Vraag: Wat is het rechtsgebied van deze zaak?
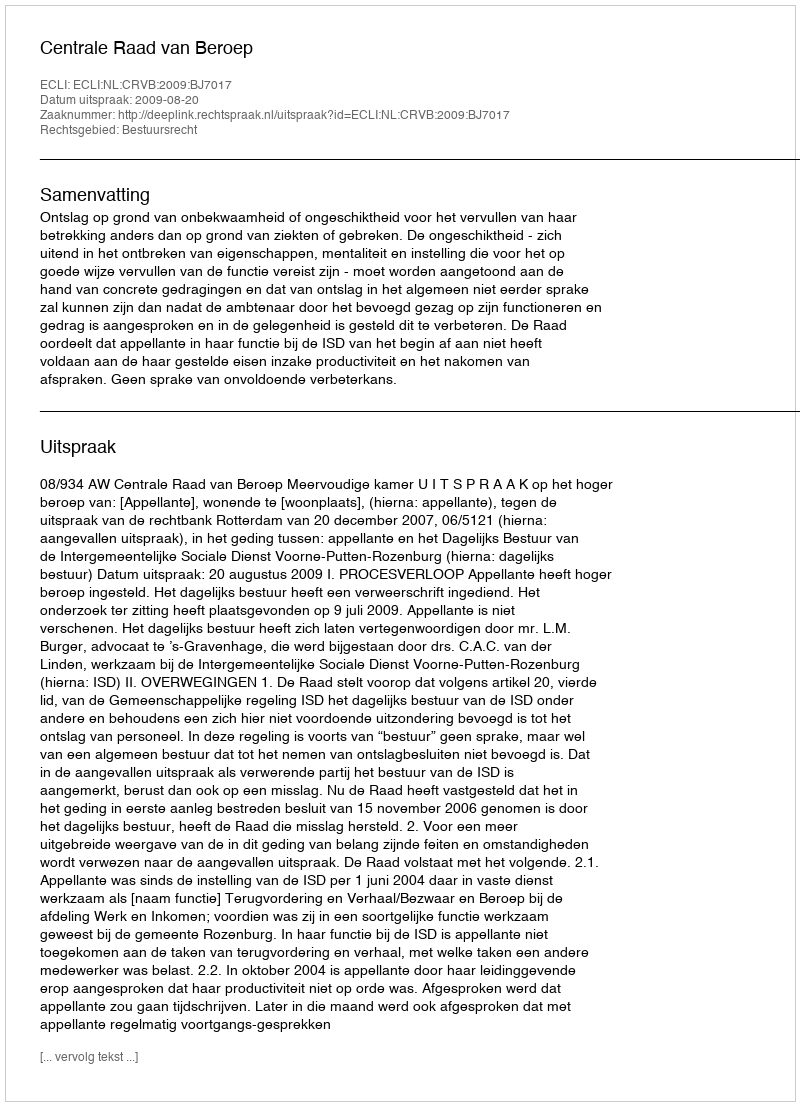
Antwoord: Bestuursrecht